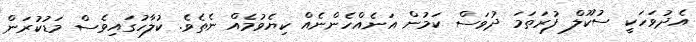
އެދުވަހަކީ ސުކޫލް ފުރަތަމަ ދުވަސް ކަމުން އަނެއްހެންނެއް ކިޔެވުމެއް ނެތެވެ. ކުލާހުގައިވެސް މަޑުކުރަން